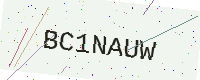
Text: BC1NAUW